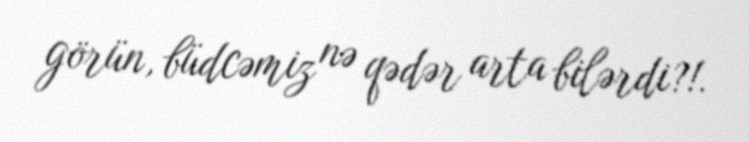
görün, büdcəmiz nə qədər arta bilərdi?!.